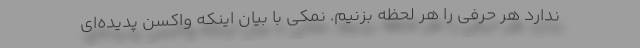
ندارد هر حرفی را هر لحظه بزنیم. نمکی با بیان اینکه واکسن پدیده‌ای